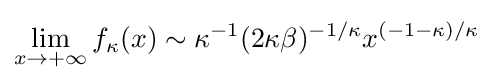
\lim _{x\to +\infty }f_{\kappa }(x)\sim \kappa ^{-1}(2\kappa \beta )^{-1/\kappa }x^{(-1-\kappa )/\kappa }